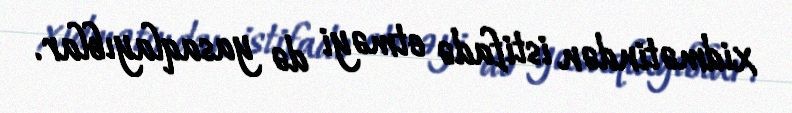
xidmətindən istifadə etməyi də yasaqlayıblar.